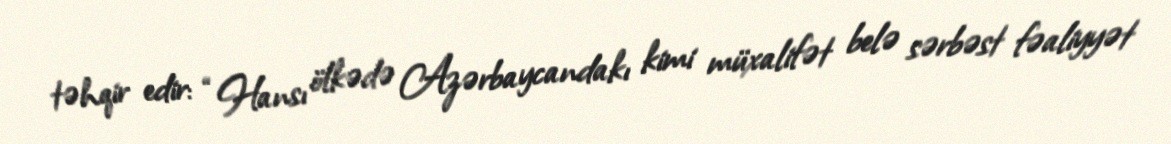
təhqir edir: “Hansı ölkədə Azərbaycandakı kimi müxalifət belə sərbəst fəaliyyət